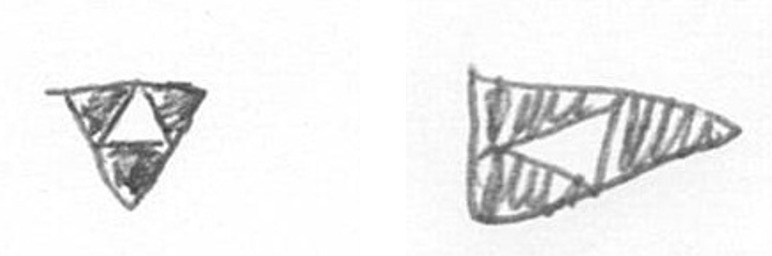
S K